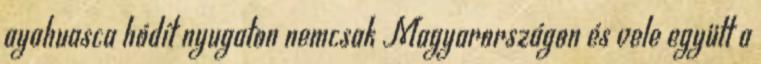
ayahuasca hódít nyugaton nemcsak Magyarországon és vele együtt a